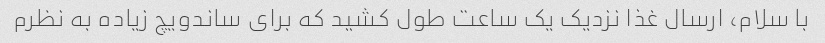
با سلام، ارسال غذا نزدیک یک ساعت طول کشید که برای ساندویچ زیاده به نظرم